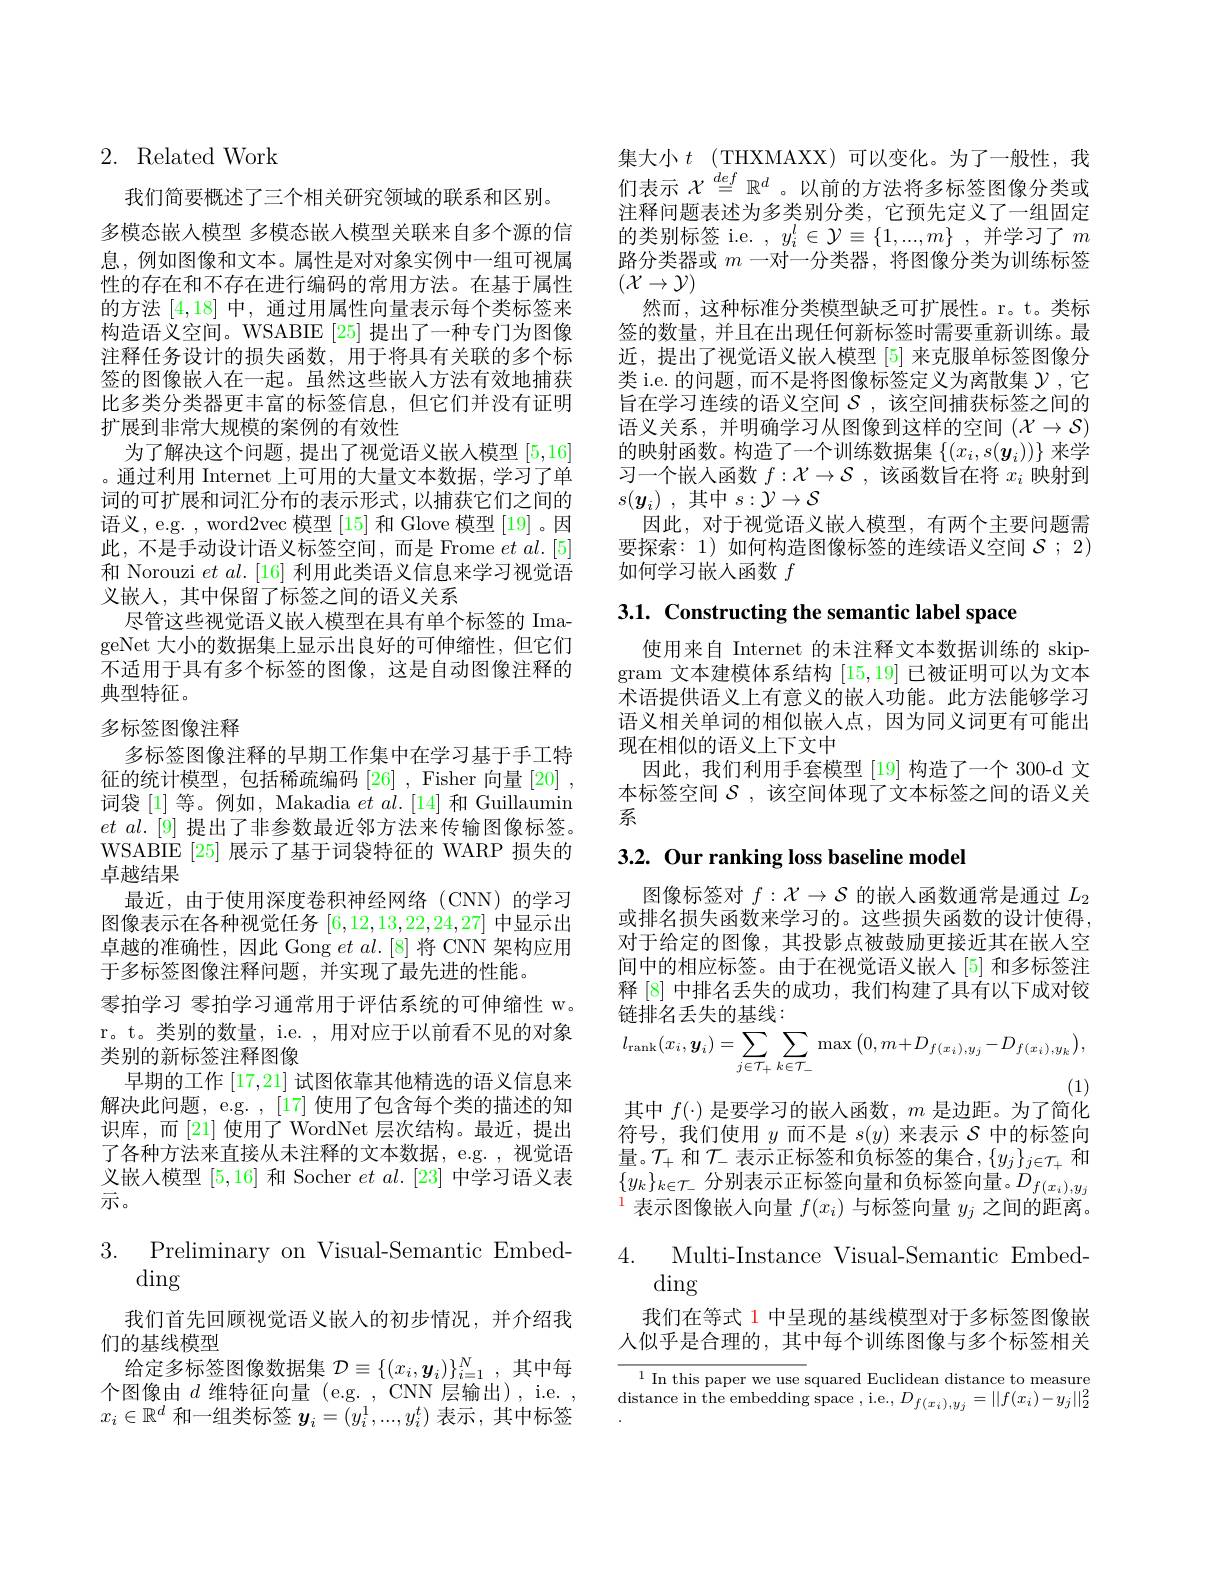
## 2. Related Work

我们简要概述了三个相关研究领域的联系和区别。
多模态嵌入模型 多模态嵌人模型关联来自多个源的信息，例如图像和文本。属性是对对象实例中一组可视属性的存在和不存在进行编码的常用方法。在基于属性的方法[4,18]中，通过用属性向量表示每个类标签来构造语义空间。WSABIE [25]提出了一种专门为图像注释任务设计的损失函数，用于将具有关联的多个标签的图像嵌入在一起。虽然这些嵌人方法有效地捕获比多类分类器更丰富的标签信息，但它们并没有证明扩展到非常大规模的案例的有效性
为了解决这个问题，提出了视觉语义嵌人模型[5,16] 。通过利用 Internet 上可用的大量文本数据，学习了单词的可扩展和词汇分布的表示形式，以捕获它们之间的语义，e.g. ,word2vec 模型[15]和 Glove 模型[19]。因此，不是手动设计语义标签空间，而是 Frome $etal.[5]$ 和 Norouzi $et$ al.[16] 利用此类语义信息来学习视觉语义嵌入，其中保留了标签之间的语义关系
尽管这些视觉语义嵌人模型在具有单个标签的 ImageNet 大小的数据集上显示出良好的可伸缩性，但它们不适用于具有多个标签的图像，这是自动图像注释的典型特征。

## 多标签图像注释

多标签图像注释的早期工作集中在学习基于手工特征的统计模型，包括稀疏编码[26],Fisher 向量[20] , 词袋[1]等。例如，Makadia $et\textit{al. [ 14] 和 Guillaumin}$ $et~al.~[9]~$提出了非参数最近邻方法来传输图像标签。WSABIE[25] 展示了基于词袋特征的 WARP 损失的卓越结果
最近，由于使用深度卷积神经网络(CNN)的学习图像表示在各种视觉任务[6,12,13,22,24,27]中显示出卓越的准确性，因此 Gong et al.[8] 将 CNN 架构应用于多标签图像注释问题，并实现了最先进的性能。
零拍学习 零拍学习通常用于评估系统的可伸缩性 w。r。t。类别的数量，i.e. ,用对应于以前看不见的对象类别的新标签注释图像
早期的工作[17,21]试图依靠其他精选的语义信息来解决此问题，e.g. ,[17]使用了包含每个类的描述的知识库，而[21]使用了WordNet 层次结构。最近，提出了各种方法来直接从未注释的文本数据，e.g.,视觉语义嵌人模型[5,16]和 Socher $et\textit{al. [ 23] 中 学 习 语 义 表 }$ 示。

$\begin{array}{ll}{3.}&{{\mathrm{Preliminary~on~Visual-Semantic~Embed-}}}\\{{\mathrm{ding}}}\end{array}$

我们首先回顾视觉语义嵌人的初步情况，并介绍我
们的基线模型
给定多标签图像数据集$\mathcal{D}\equiv\{(x_i,\boldsymbol{y}_i)\}_{i=1}^N$,其中每个图像由$d$维特征向量 (e.g. , CNN 层输出), i.e. , $x_i\in\mathbb{R}^d$和一组类标签$y_i=(y_i^1,...,y_i^t)$表示 ,其中标签

集大小$t$ (THXMAXX)可以变化。为了一般性，我们表示$\chi\overset{def}{=}\mathbb{R}^d$ 。以前的方法将多标签图像分类或注释问题表述为多类别分类，它预先定义了一组固定的类别标签 i.e. $,y_i^l\in\mathcal{Y}\equiv\{1,...,m\}$ ,并学习了$m$ 路分类器或$m$一对一分类器，将图像分类为训练标签$(\mathcal{X}\to\mathcal{Y})$
然而，这种标准分类模型缺乏可扩展性。r。t。类标签的数量，并且在出现任何新标签时需要重新训练。最近，提出了视觉语义嵌人模型[5]来克服单标签图像分类 i.e. 的问题，而不是将图像标签定义为离散集$\mathcal{Y}$ ,它旨在学习连续的语义空间$\mathcal{S}$ ,该空间捕获标签之间的语义关系，并明确学习从图像到这样的空间$(\mathcal{X}\to\mathcal{S})$ 的映射函数。构造了一个训练数据集$\{(x_i,s(\boldsymbol{y}_i))\}$来学习一个嵌入函数$f:\mathcal{X}\to\mathcal{S}$,该函数旨在将$x_i$映射到$s( \boldsymbol{y}_i)$ ,其中$s:\mathcal{Y}\to\mathcal{S}$
因此，对于视觉语义嵌人模型，有两个主要问题需要探索：1)如何构造图像标签的连续语义空间$\mathcal{S};$ 2) 如何学习嵌入函数$f$

3.1. Constructing the semantic label space

使用来自 Internet 的未注释文本数据训练的 skipgram 文本建模体系结构[15,19]已被证明可以为文本术语提供语义上有意义的嵌人功能。此方法能够学习语义相关单词的相似嵌人点，因为同义词更有可能出现在相似的语义上下文中
因此，我们利用手套模型 [19] 构造了一个 300-d 文本标签空间$\mathcal{S}$,该空间体现了文本标签之间的语义关系

### 3.2. Our ranking loss baseline model

图像标签对$f:\mathcal{X}\to\mathcal{S}$的嵌人函数通常是通过$L_2$ 或排名损失函数来学习的。这些损失函数的设计使得， 对于给定的图像，其投影点被鼓励更接近其在嵌人空间中的相应标签。由于在视觉语义嵌入[5] 和多标签注释 [8] 中排名丢失的成功，我们构建了具有以下成对铰链排名丢失的基线：
$$l_{\mathrm{rank}}(x_{i},\boldsymbol{y}_{i})=\sum_{j\in\mathcal{T}_{+}}\sum_{k\in\mathcal{T}_{-}}\max\left(0,m+D_{f(x_{i}),y_{j}}-D_{f(x_{i}),y_{k}}\right),$$
(1)

其中$f(\cdot)$是要学习的嵌人函数，$m$是边距。为了简化

符号，我们使用$y$而不是$s(y)$来表示$\mathcal{S}$中的标签向量。$\mathcal{T}_+$和$\mathcal{T}_-$表示正标签和负标签的集合$,\{y_j\}_{j\in\mathcal{T}_+}$和$\{ y_k\} _{k\in \mathcal{T} _- }$分 别 表 示 正 标 签 向 量 和 负 标 签 向 量 。$D_{f( x_i) , y_j}$ 1+-四 份 出 $= f( x_i)$上 上 午 在 日$^{1}$表示图像嵌入向量$f(x_i)$与标签向量$y_j$之间的距离。

$\begin{array}{ll}{4.}&{{\mathrm{Multi-Instance~Visual-Semantic~Embed-}}}\\{{\mathrm{ding}}}&{{\mathrm{ding}}}\end{array}$

我们在等式 1 中呈现的基线模型对于多标签图像嵌人似乎是合理的，其中每个训练图像与多个标签相关

$^{1}$ In this paper we use squared Euclidean distance to measure distance in the embedding space , i.e.$,D_f(x_i),y_j=||f(x_i)-y_j||_2^2$